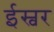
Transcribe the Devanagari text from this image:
ईस्वर